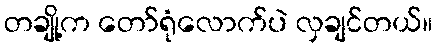
တချို့က တော်ရုံလောက်ပဲ လှချင်တယ်။